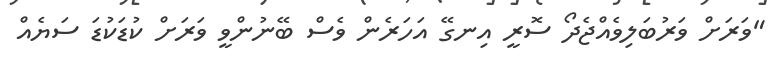
"ވަރަށް ވަރުބަލިވެއްޖެދޯ ސޮރީ އިނގޭ އަހަރެން ވެސް ބޭނުންވީ ވަރަށް ކުޑަކުޑަ ސަޔެއް